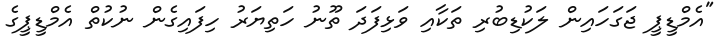
"އެމްޑީޕީ ޖަގަހައިން ލަކުޑިބުރި ތަކާއި ވަޅިފަދަ ތޫނު ހަތިޔަރު ހިފައިގެން ނުކުތް އެމްޑީޕީގެ